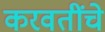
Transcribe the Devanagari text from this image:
करवतींचे